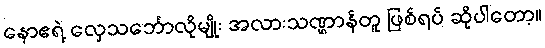
နောဧရဲ့ လှေသင်္ဘောလိုမျိုး အလားသဏ္ဌာန်တူ ဖြစ်ရပ် ဆိုပါတော့။